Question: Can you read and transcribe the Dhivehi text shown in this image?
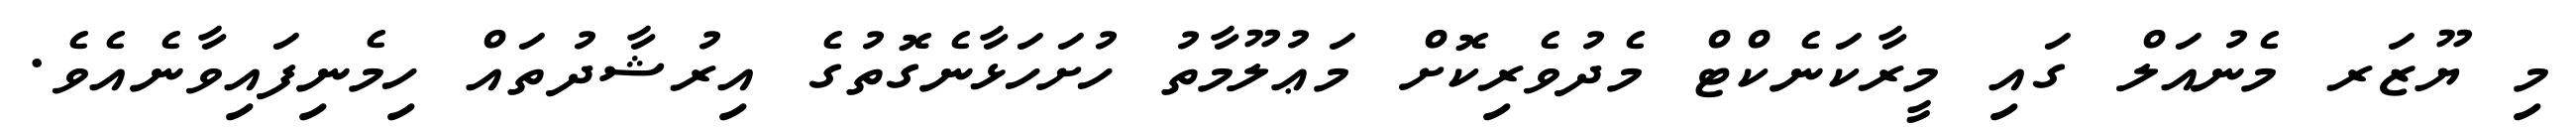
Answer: މި ޔޫޒަރ މެނުއަލް ގައި މީރާކަނެކްޓް މެދުވެރިކޮށް މަޢުލޫމާތު ހުށަހަޅާނެގޮތުގެ އިރުޝާދުތައް ހިމެނިފައިވާނެއެވެ.